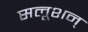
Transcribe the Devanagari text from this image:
सलूशन्